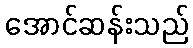
အောင်ဆန်းသည်